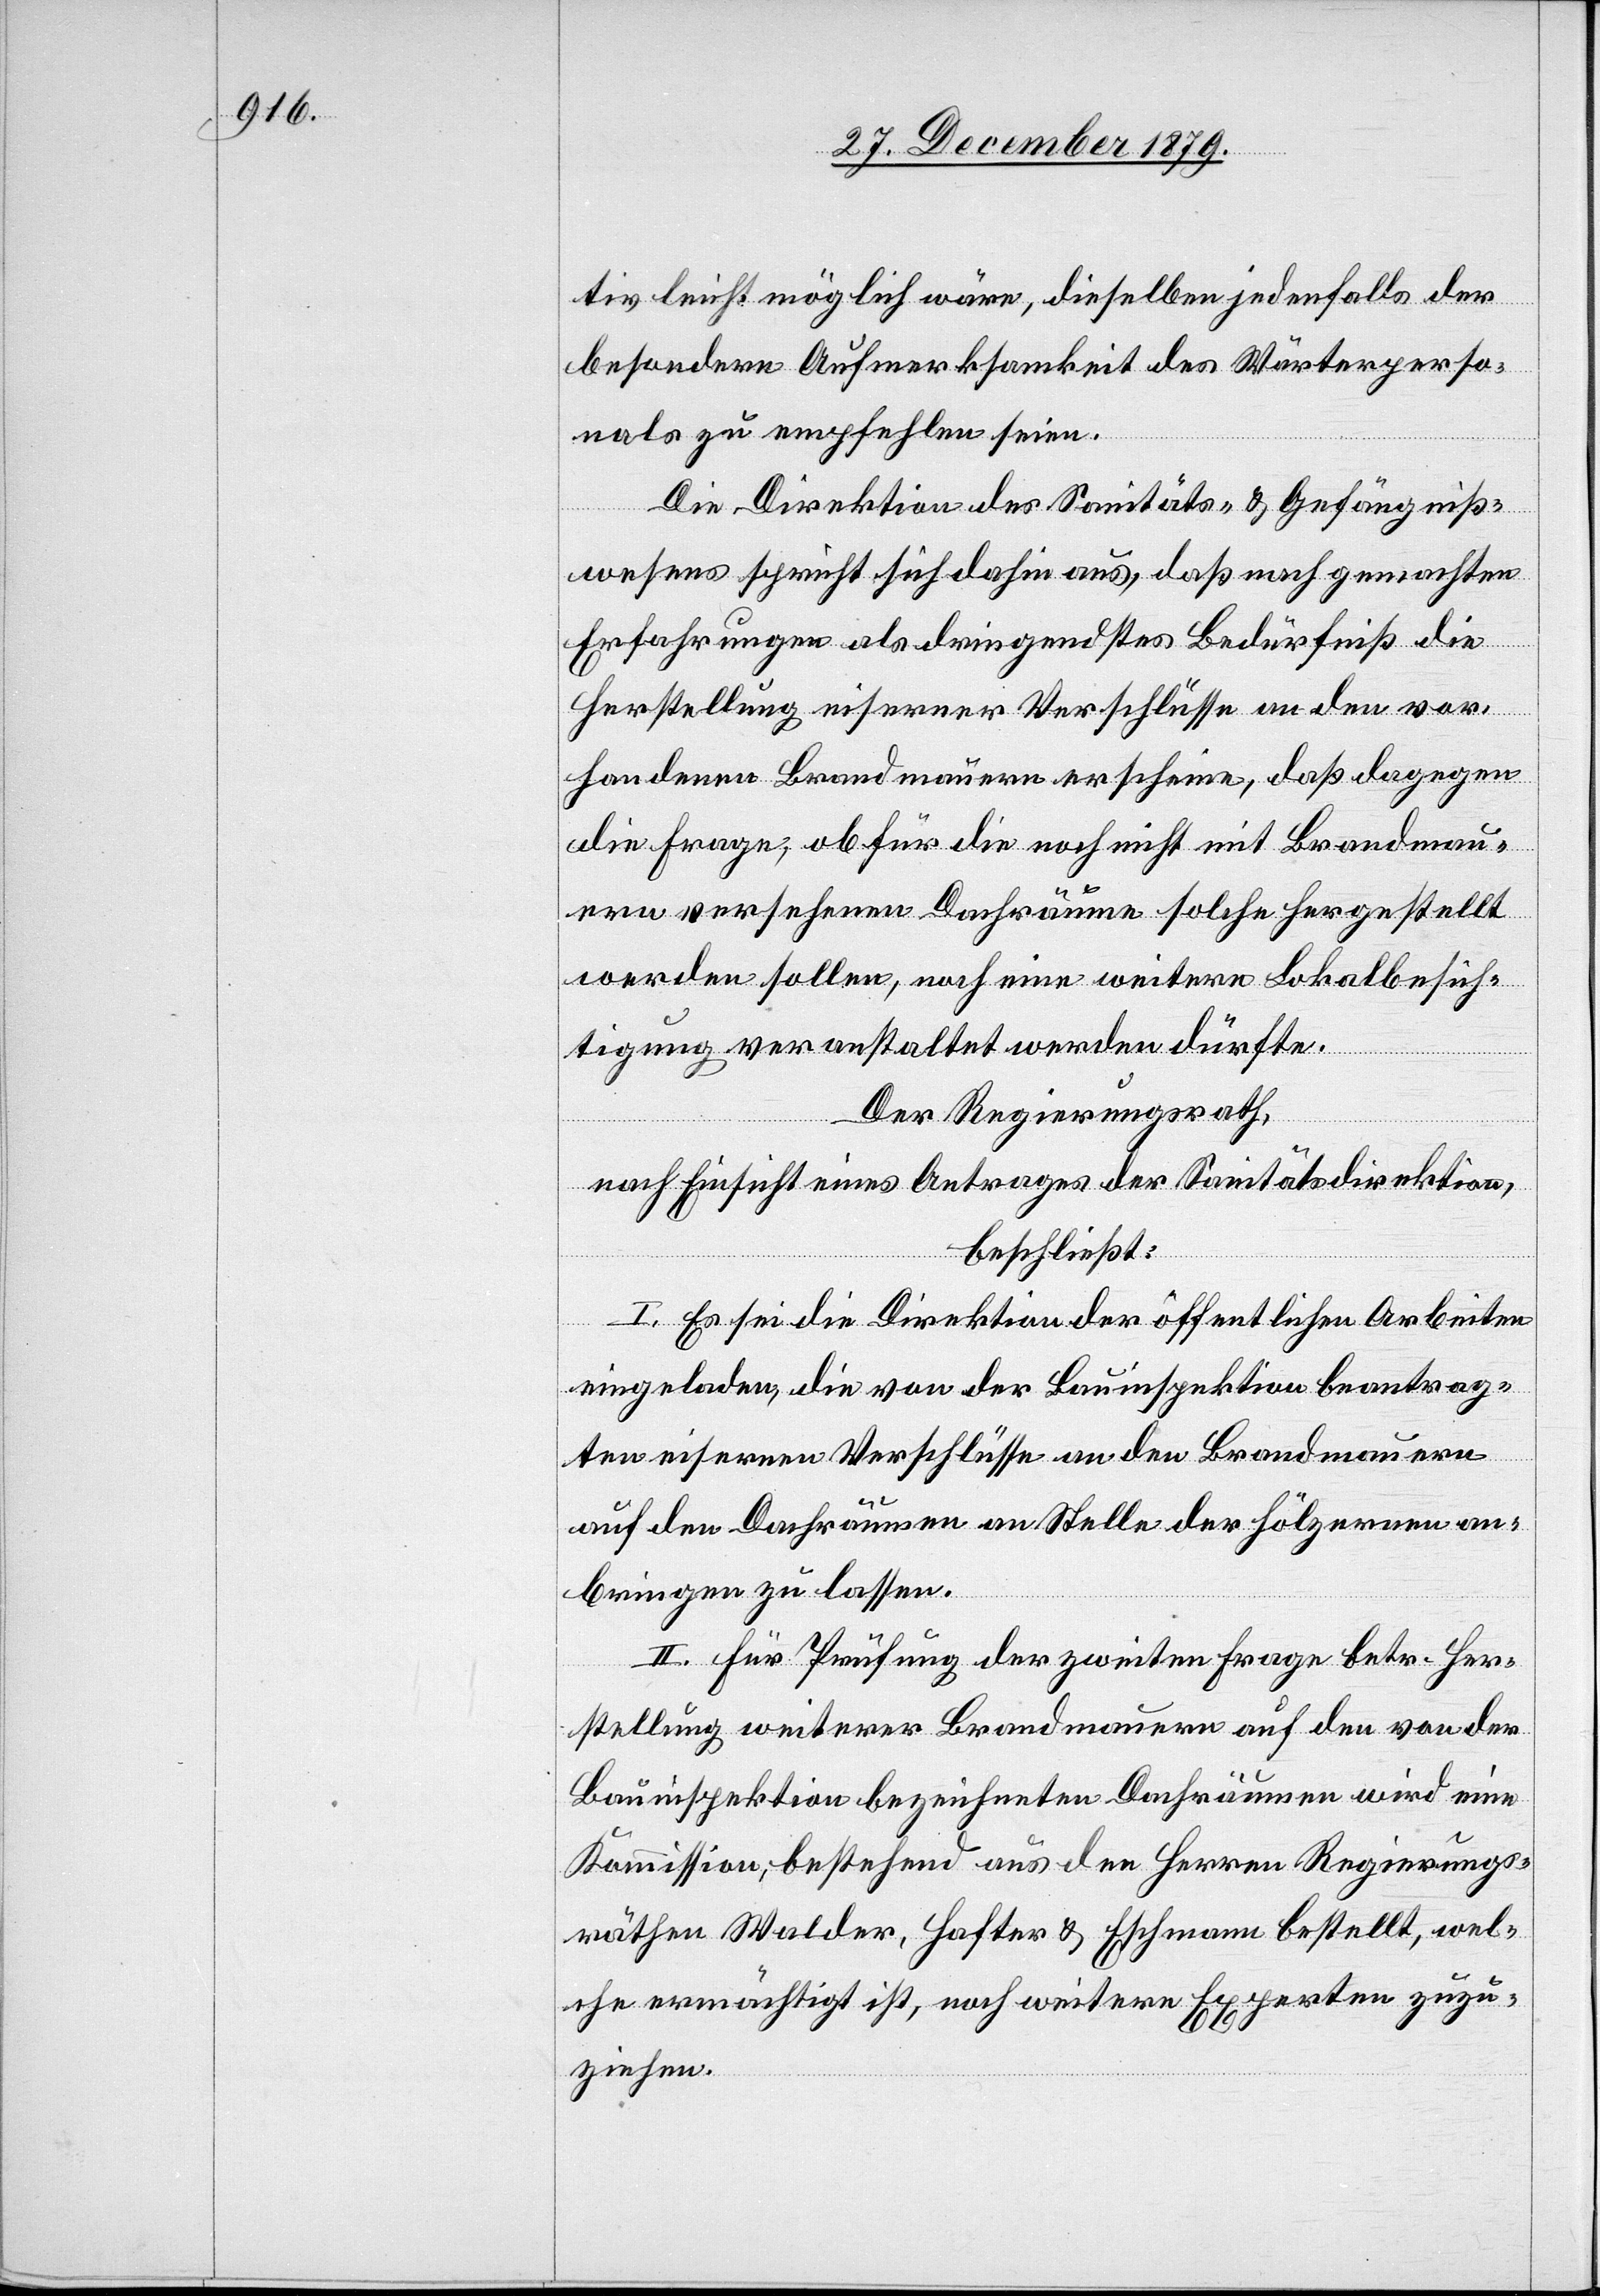
tiv leicht möglich wäre, dieselben jedenfalls der
besondern Aufmerksamkeit des Wärterperso¬
nals zu empfehlen seien.
Die Direktion des Sanitäts- & Gefängniß¬
wesens spricht sich dahin aus, daß nach gemachten
Erfahrungen als dringendstes Bedürfniß die
Herstellung eiserner Verschlüße an den vor¬
handenen Brandmauern erscheine, daß dagegen
die Frage, ob für die noch nicht mit Brandmau¬
ern versehenen Dachräume solche hergestellt
werden sollen, noch eine weitere Lokalbesich¬
tigung veranstaltet werden dürfte.
Der Regierungsrath,
nach Einsicht eines Antrages der Sanitätsdirektion,
beschließt:
I. Es sei die Direktion der öffentlichen Arbeiten
eingeladen, die von der Bauinspektion beantrag¬
ten eisernen Verschlüsse an den Brandmauern
auf den Dachräumen an Stelle der hölzernen an¬
bringen zu lassen.
II. Für Prüfung der zweiten Frage betr. Her¬
stellung weiterer Brandmauern auf den von der
Bauinspektion bezeichneten Dachräumen wird eine
Kommission, bestehend aus den Herren Regierungs¬
räthen Walder, Hafter, & Eschmann bestellt, wel¬
che ermächtigt ist, noch weitere Experten zuzu¬
ziehen.